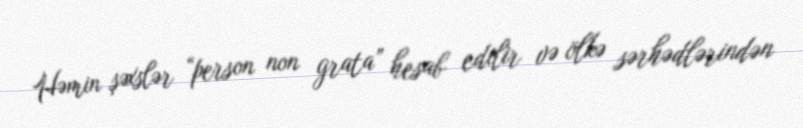
Həmin şəxslər “person non grata” hesab edilir və ölkə sərhədlərindən